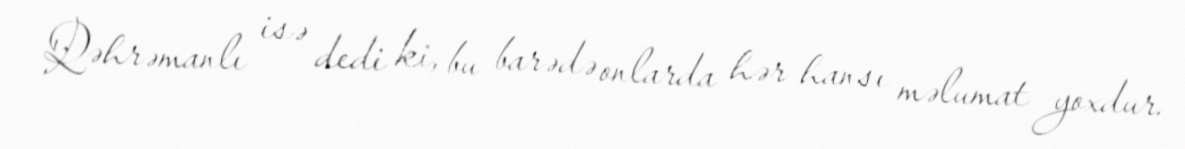
Qəhrəmanlı isə dedi ki, bu barədə onlarda hər hansı məlumat yoxdur.